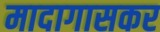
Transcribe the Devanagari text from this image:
मादागासकर